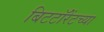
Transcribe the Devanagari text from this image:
बिटटॉरेंटच्या